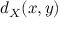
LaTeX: d _ { X } ( x , y )